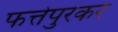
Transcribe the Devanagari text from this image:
फत्तेपुरकर